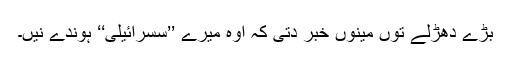
بڑے دھڑلے توں مینوں خبر دتی کہ اوہ میرے ’’سسرائیلی‘‘ ہوندے نیں۔